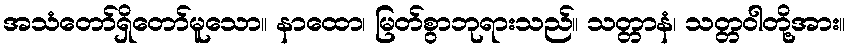
အသံတော်ရှိတော်မူသော။ နာထော၊ မြတ်စွာဘုရားသည်။ သတ္တာနံ၊ သတ္တဝါတို့အား။